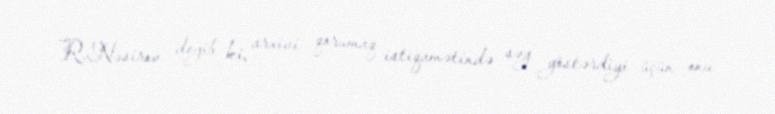
R.Nəsirov deyib ki, arxivi qorumaq istiqamətində səy göstərdiyi üçün onu